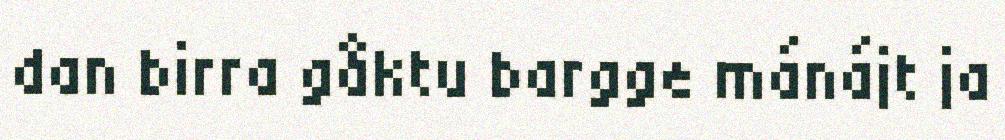
dan birra gåktu bargge mánájt ja